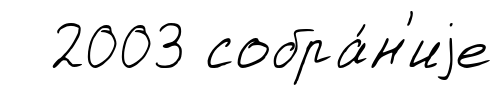
2003 собра́н'иjе